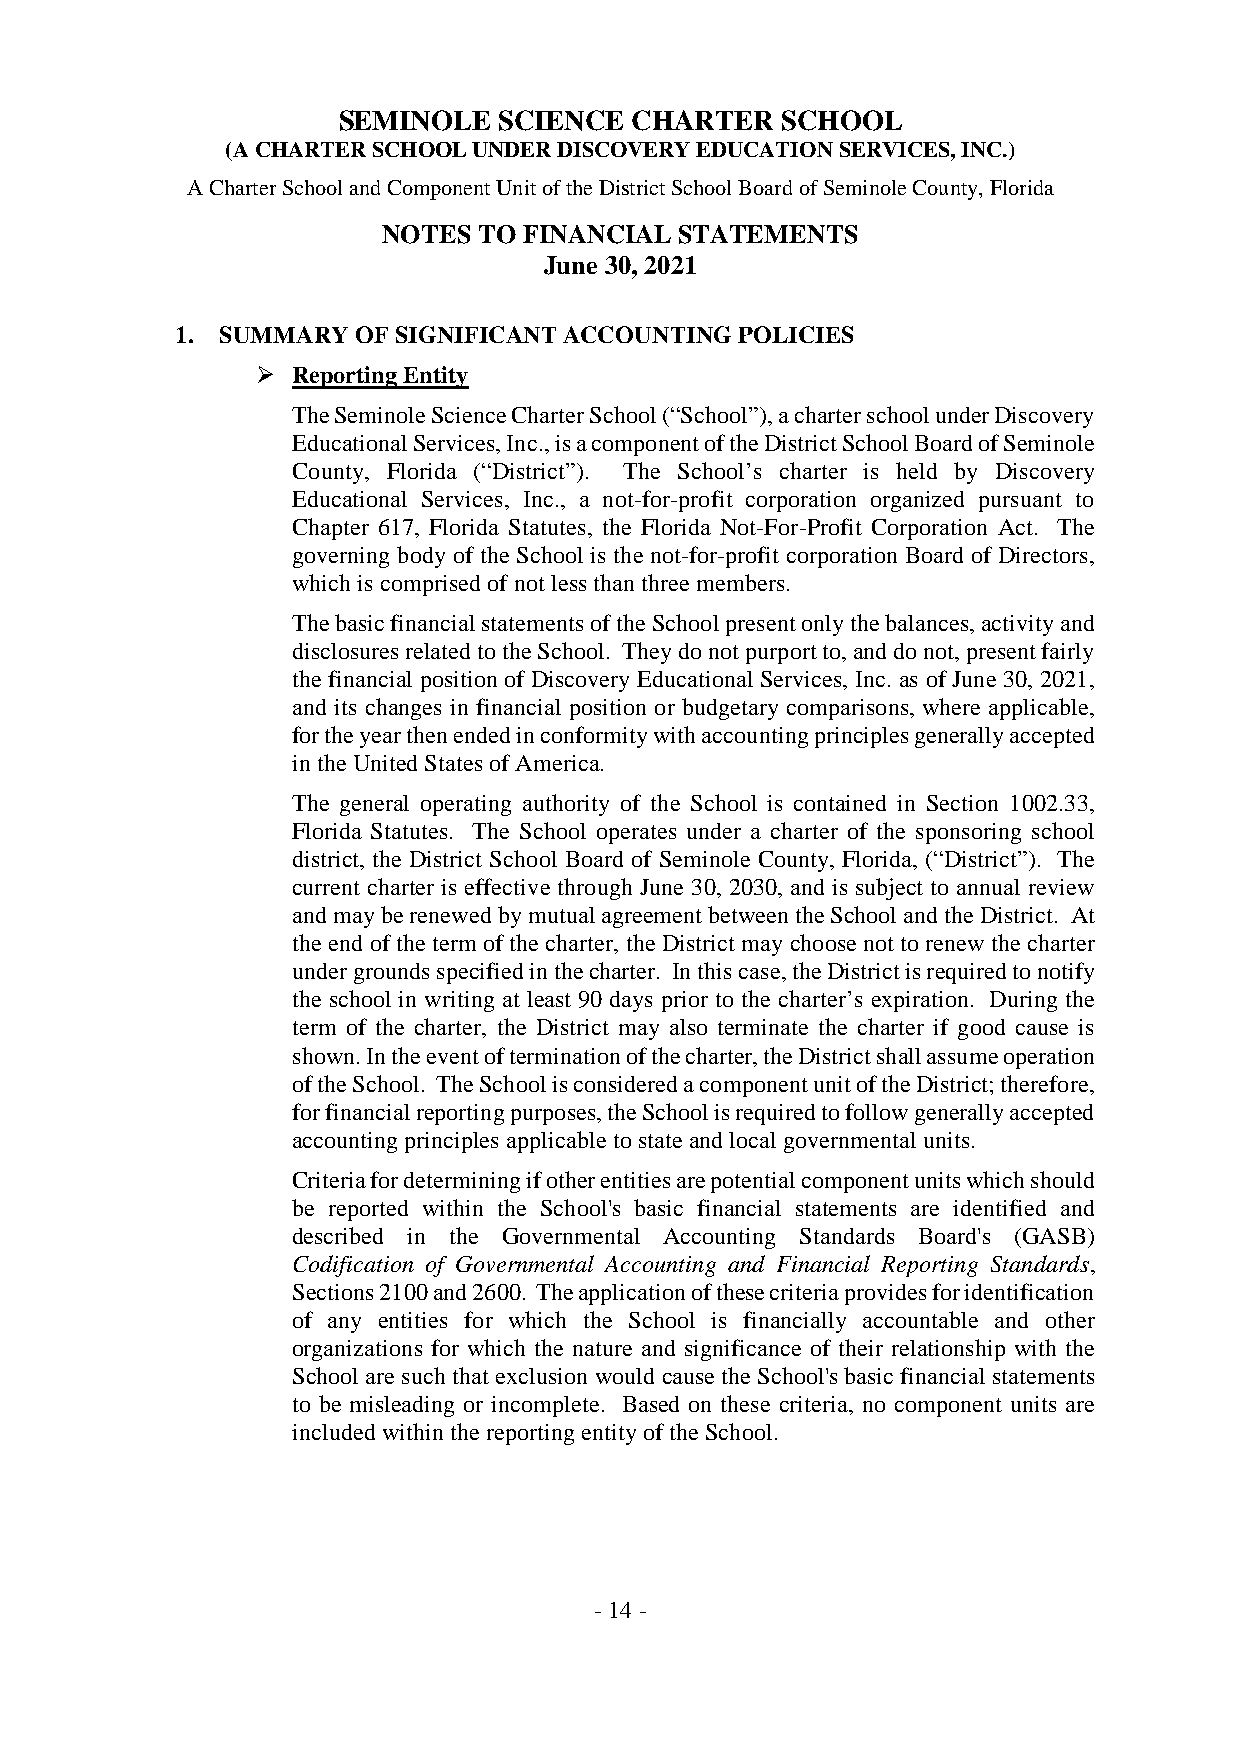
SEMINOLE   SCIENCE  CHARTER   SCHOOL
 (ACHARTERSCHOOLUNDERDISCOVERYEDUCATIONSERVICES,INC.)
 ACharterSchoolandComponentUnitoftheDistrictSchoolBoardofSeminoleCounty,Florida
 NOTES  TO FINANCIAL STATEMENTS
 June 30, 2021
 1. SUMMARYOFSIGNIFICANTACCOUNTINGPOLICIES
  ReportingEntity
 TheSeminoleScienceCharterSchool(“School”),acharterschoolunderDiscovery
 EducationalServices,Inc.,isacomponentoftheDistrictSchoolBoardofSeminole
 County, Florida (“District”). The School’s charter is held by Discovery
 Educational Services, Inc., a not-for-profit corporation organized pursuant to
 Chapter 617, Florida Statutes, the Florida Not-For-Profit Corporation Act. The
 governing body of the School is the not-for-profit corporation Board of Directors,
 whichiscomprisedofnotlessthanthreemembers.
 ThebasicfinancialstatementsoftheSchoolpresentonlythebalances,activityand
 disclosuresrelatedtotheSchool. Theydonotpurportto,anddonot,presentfairly
 thefinancial position of Discovery Educational Services, Inc. as of June30, 2021,
 and its changes in financial position or budgetary comparisons, where applicable,
 fortheyearthenendedinconformitywithaccountingprinciplesgenerallyaccepted
 intheUnitedStatesofAmerica.
 The general operating authority of the School is contained in Section 1002.33,
 Florida Statutes. The School operates under a charter of the sponsoring school
 district, the District School Board of Seminole County, Florida, (“District”). The
 current charter is effective through June 30, 2030, and is subject to annual review
 andmayberenewedbymutualagreementbetweentheSchoolandtheDistrict. At
 theend of theterm ofthe charter,the District may choosenotto renewthecharter
 undergroundsspecifiedinthecharter. Inthiscase,theDistrictisrequiredtonotify
 the school in writing at least 90 days prior to the charter’s expiration. During the
 term of the charter, the District may also terminate the charter if good cause is
 shown.Intheeventofterminationofthecharter,theDistrictshallassumeoperation
 oftheSchool. TheSchoolisconsideredacomponentunitoftheDistrict;therefore,
 forfinancialreportingpurposes,theSchoolisrequiredtofollowgenerallyaccepted
 accountingprinciples applicabletostateandlocalgovernmentalunits.
 Criteriafordeterminingifotherentitiesarepotentialcomponentunitswhichshould
 be reported within the School's basic financial statements are identified and
 described in the Governmental Accounting Standards Board's (GASB)
 Codification of Governmental Accounting and Financial Reporting Standards,
 Sections2100and2600. Theapplicationofthesecriteriaprovidesforidentification
 of any entities for which the School is financially accountable and other
 organizations for which the nature and significance of their relationship with the
 SchoolaresuchthatexclusionwouldcausetheSchool'sbasicfinancialstatements
 to be misleading or incomplete. Based on these criteria, no component units are
 includedwithinthereportingentityoftheSchool.
 -14-